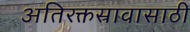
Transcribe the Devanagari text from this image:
अतिरक्तस्रावासाठी